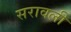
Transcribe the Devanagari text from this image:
सरावली